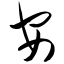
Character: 安